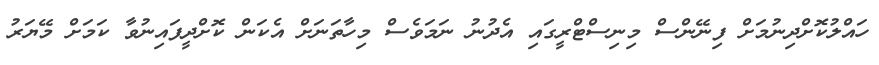
ހައްލުކޮށްދިނުމަށް ފިނޭންސް މިނިސްޓްރީގައި އެދުނު ނަމަވެސް މިހާތަނަށް އެކަން ކޮށްދީފައިނުވާ ކަމަށް މޭޔަރު